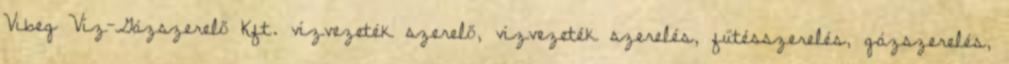
Vibeg Víz-Gázszerelő Kft. vízvezeték szerelő, vízvezeték szerelés, fűtésszerelés, gázszerelés,